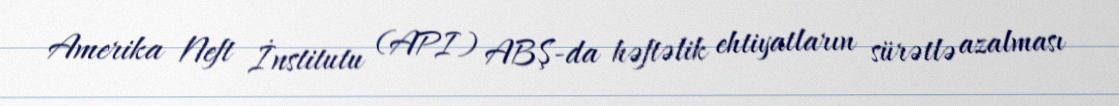
Amerika Neft İnstitutu (API) ABŞ-da həftəlik ehtiyatların sürətlə azalması